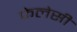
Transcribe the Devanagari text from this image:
फेलेसी